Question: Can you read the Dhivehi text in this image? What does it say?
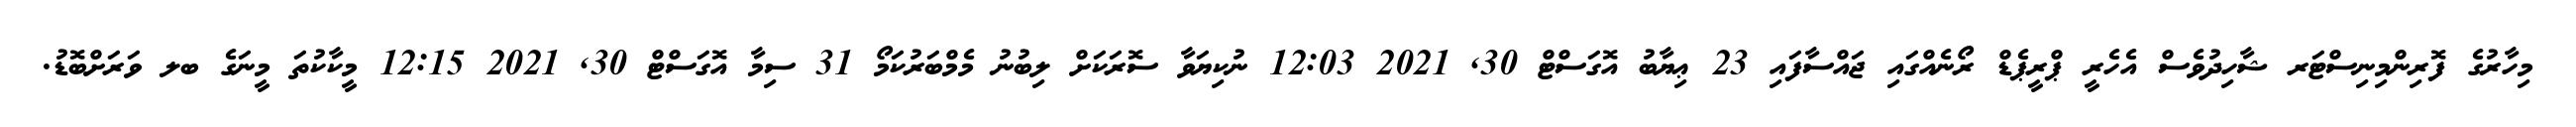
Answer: މިހާރުގެ ފޮރިންމިނިސްޓަރ ޝާހިދުވެސް އެހެރީ ޕްރީޕެޑް ރޯނެއްގައި ޖައްސާފައި 23 ޢިޔާބު އޮގަސްޓް 30, 2021 12:03 ނުކިޔަވާ ސޮރަކަށް ލިބުނު މެމްބަރުކަމޯ 31 ސިމާ އޮގަސްޓް 30, 2021 12:15 މީކާކުތަ މީނަގެ ބލ ވަރަށްބޮޑު.